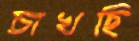
চাখছি